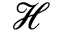
\mathcal { H }